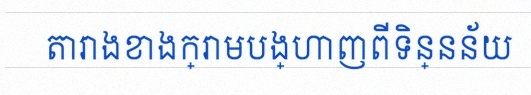
តារាងខាងក្រោមបង្ហាញពីទិន្នន័យ